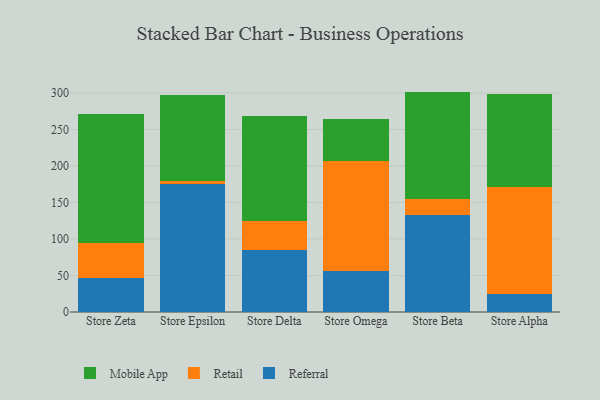
{"axis": {"x": "Store", "y": "Conversion Rate (%)"}, "legend": ["Mobile App", "Referral", "Retail"], "data": [{"x": "Store Zeta", "y": 46.1, "type": "Referral"}, {"x": "Store Zeta", "y": 48.1, "type": "Retail"}, {"x": "Store Zeta", "y": 177.7, "type": "Mobile App"}, {"x": "Store Epsilon", "y": 174.7, "type": "Referral"}, {"x": "Store Epsilon", "y": 5.1, "type": "Retail"}, {"x": "Store Epsilon", "y": 117.6, "type": "Mobile App"}, {"x": "Store Delta", "y": 85.3, "type": "Referral"}, {"x": "Store Delta", "y": 39.6, "type": "Retail"}, {"x": "Store Delta", "y": 144.2, "type": "Mobile App"}, {"x": "Store Omega", "y": 56.6, "type": "Referral"}, {"x": "Store Omega", "y": 150.9, "type": "Retail"}, {"x": "Store Omega", "y": 57.1, "type": "Mobile App"}, {"x": "Store Beta", "y": 133.4, "type": "Referral"}, {"x": "Store Beta", "y": 21.9, "type": "Retail"}, {"x": "Store Beta", "y": 146.6, "type": "Mobile App"}, {"x": "Store Alpha", "y": 25.2, "type": "Referral"}, {"x": "Store Alpha", "y": 145.4, "type": "Retail"}, {"x": "Store Alpha", "y": 128.0, "type": "Mobile App"}]}